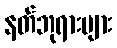
နတ်ဘုရားများ